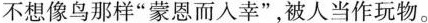
不想像鸟那样”蒙恩而人幸”，被人当作玩物。